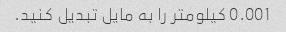
0.001 کیلومتر را به مایل تبدیل کنید.